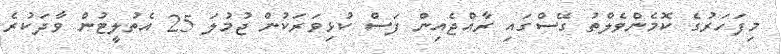
މިފަހަރުގެ ކޮމެންވެލްތު ގޭސްގައި ރާއްޖެއިން ފަސް ކުޅިވަރަކުން ޖުމުލަ 25 އެތުލީޓުން ވާދަކުރެ